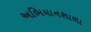
અભિયાનશાળા